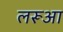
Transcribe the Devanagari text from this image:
लरूआ